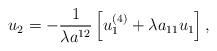
LaTeX: \begin{align*} u_2 =-\frac{1}{\lambda a^{12}}\left[ u_1^{(4)}+\lambda a_{11} u_1 \right], \end{align*}